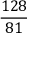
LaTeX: \frac { 1 2 8 } { 8 1 }